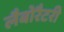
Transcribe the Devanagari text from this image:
लैबोरैटरी